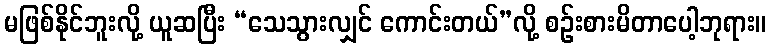
မဖြစ်နိုင်ဘူးလို့ ယူဆပြီး “သေသွားလျှင် ကောင်းတယ်”လို့ စဉ်းစားမိတာပေါ့ဘုရား။